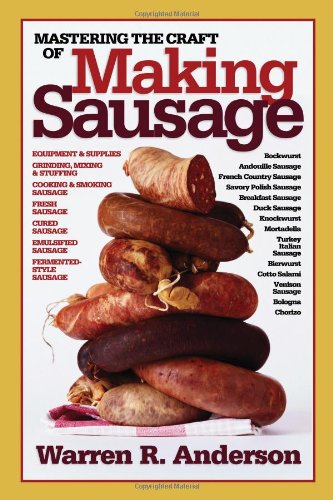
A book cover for Mastering the Craft of Making Sausage; Warren R. Anderson; Cookbooks, Food & Wine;